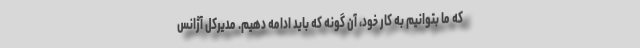
که ما بتوانیم به کار خود، آن گونه که باید ادامه دهیم. مدیرکل آژانس